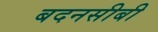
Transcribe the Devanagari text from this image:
बदनसीबी